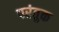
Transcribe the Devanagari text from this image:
परंतुक